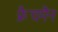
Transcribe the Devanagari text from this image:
फ्रैचमैन